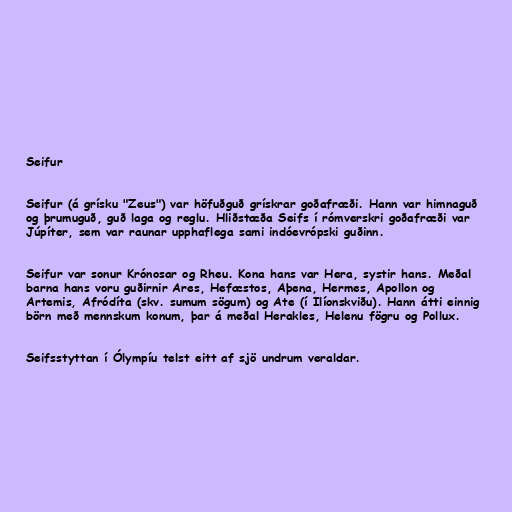
Seifur

Seifur (á grísku "Zeus") var höfuðguð grískrar goðafræði. Hann var himnaguð
og þrumuguð, guð laga og reglu. Hliðstæða Seifs í rómverskri goðafræði var
Júpíter, sem var raunar upphaflega sami indóevrópski guðinn.

Seifur var sonur Krónosar og Rheu. Kona hans var Hera, systir hans. Meðal
barna hans voru guðirnir Ares, Hefæstos, Aþena, Hermes, Apollon og
Artemis, Afródíta (skv. sumum sögum) og Ate (í Ilíonskviðu). Hann átti einnig
börn með mennskum konum, þar á meðal Herakles, Helenu fögru og Pollux.

Seifsstyttan í Ólympíu telst eitt af sjö undrum veraldar.